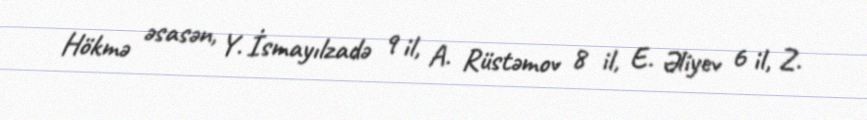
Hökmə əsasən, Y. İsmayılzadə 9 il, A. Rüstəmov 8 il, E. Əliyev 6 il, Z.